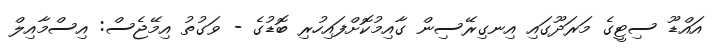
އައްޑޫ ސިޓީގެ މަރަދޫގައި އިނގިރޭސިން ގާއިމުކޮށްފައިހުރި ބޮޑުގެ - ވަގުތު އިމޭޖެސް: އިސްމާއިލް